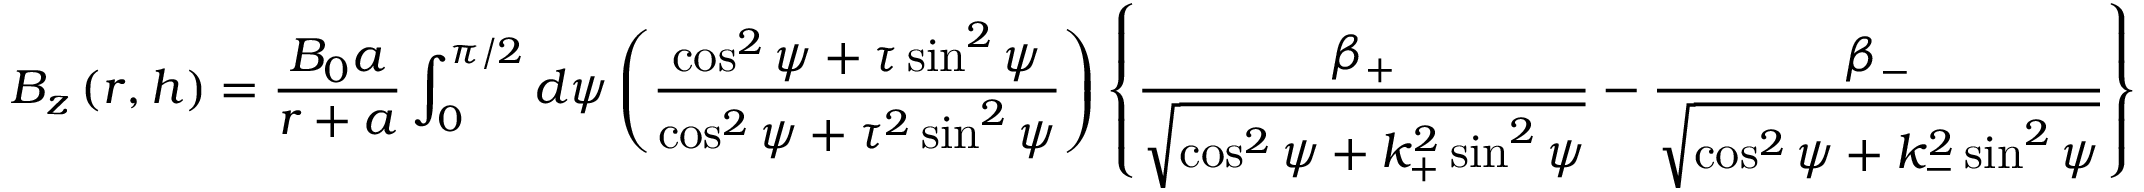
B _ { z } \left( r , h \right) = \frac { B _ { 0 } a } { r + a } \int _ { 0 } ^ { \pi / 2 } d \psi \left( \frac { \cos ^ { 2 } \psi + \tau \sin ^ { 2 } \psi } { \cos ^ { 2 } \psi + \tau ^ { 2 } \sin ^ { 2 } \psi } \right) \left\{ \frac { \beta _ { + } } { \sqrt { \cos ^ { 2 } \psi + k _ { + } ^ { 2 } \sin ^ { 2 } \psi } } - \frac { \beta _ { - } } { \sqrt { \cos ^ { 2 } \psi + k _ { - } ^ { 2 } \sin ^ { 2 } \psi } } \right\}